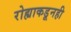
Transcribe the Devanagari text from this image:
रोह्याकडूनही